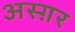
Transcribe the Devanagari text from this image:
अस्ग़र